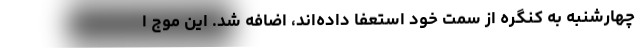
چهارشنبه به کنگره از سمت خود استعفا داده‌اند، اضافه شد. این موج ا